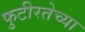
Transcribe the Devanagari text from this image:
फुटीरतेच्या